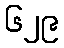
၆၂၉